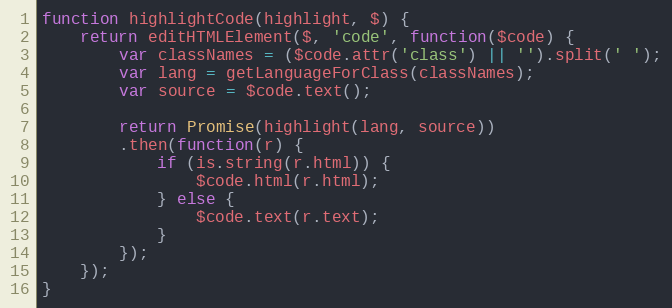
Language: JavaScript
function highlightCode(highlight, $) {
    return editHTMLElement($, 'code', function($code) {
        var classNames = ($code.attr('class') || '').split(' ');
        var lang = getLanguageForClass(classNames);
        var source = $code.text();

        return Promise(highlight(lang, source))
        .then(function(r) {
            if (is.string(r.html)) {
                $code.html(r.html);
            } else {
                $code.text(r.text);
            }
        });
    });
}